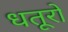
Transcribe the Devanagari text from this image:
धतूरों